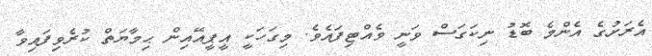
އެރަށުގެ އެންމެ ބޮޑު ނިކަގަސް ވަނީ ވެއްޓިފައެވެ. މިގަހަކީ އީޕީއޭއިން ޙިމާޔަތް ކުރެވިފައިވާ